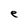
Character: e